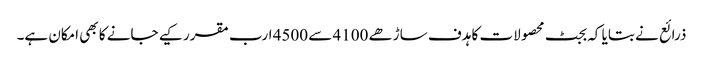
ذرائع نے بتایا کہ بجٹ محصولات کا ہدف ساڑھے 4100 سے 4500 ارب مقرر کیے جانے کا بھی امکان ہے۔